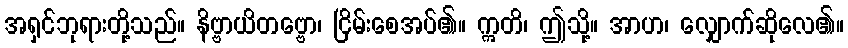
အရှင်ဘုရားတို့သည်။ နိဗ္ဗာယိတဗ္ဗော၊ ငြိမ်းစေအပ်၏။ ဣတိ၊ ဤသို့။ အာဟ၊ လျှောက်ဆိုလေ၏။